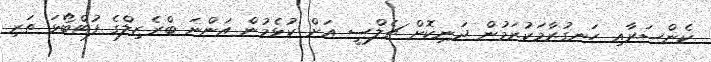
ކެންސަރާއި ހަނގުރާމަކުރަމުން ދަނިކޮށް ޗެލްސީ އަށް ކުޅެމުން އަންނަ ބްރެޒިލްގެ ފުޓްބޯޅަ ތަރި